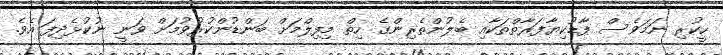
ހީކުރި ނަމަވެސް ފާޑުކިޔާފަރާތްތަކާއި ބެލުންތެރިންގެ ހިތް މިފިލްމަށް ބަންޑުންކުރުވުމަށް ވަނީ ނުކުޅެދިފަ އެވެ.